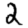
Digit: 2